65_HS1-834228961_62-HQ-83894_Section_9
Agency: FBI
Page 101
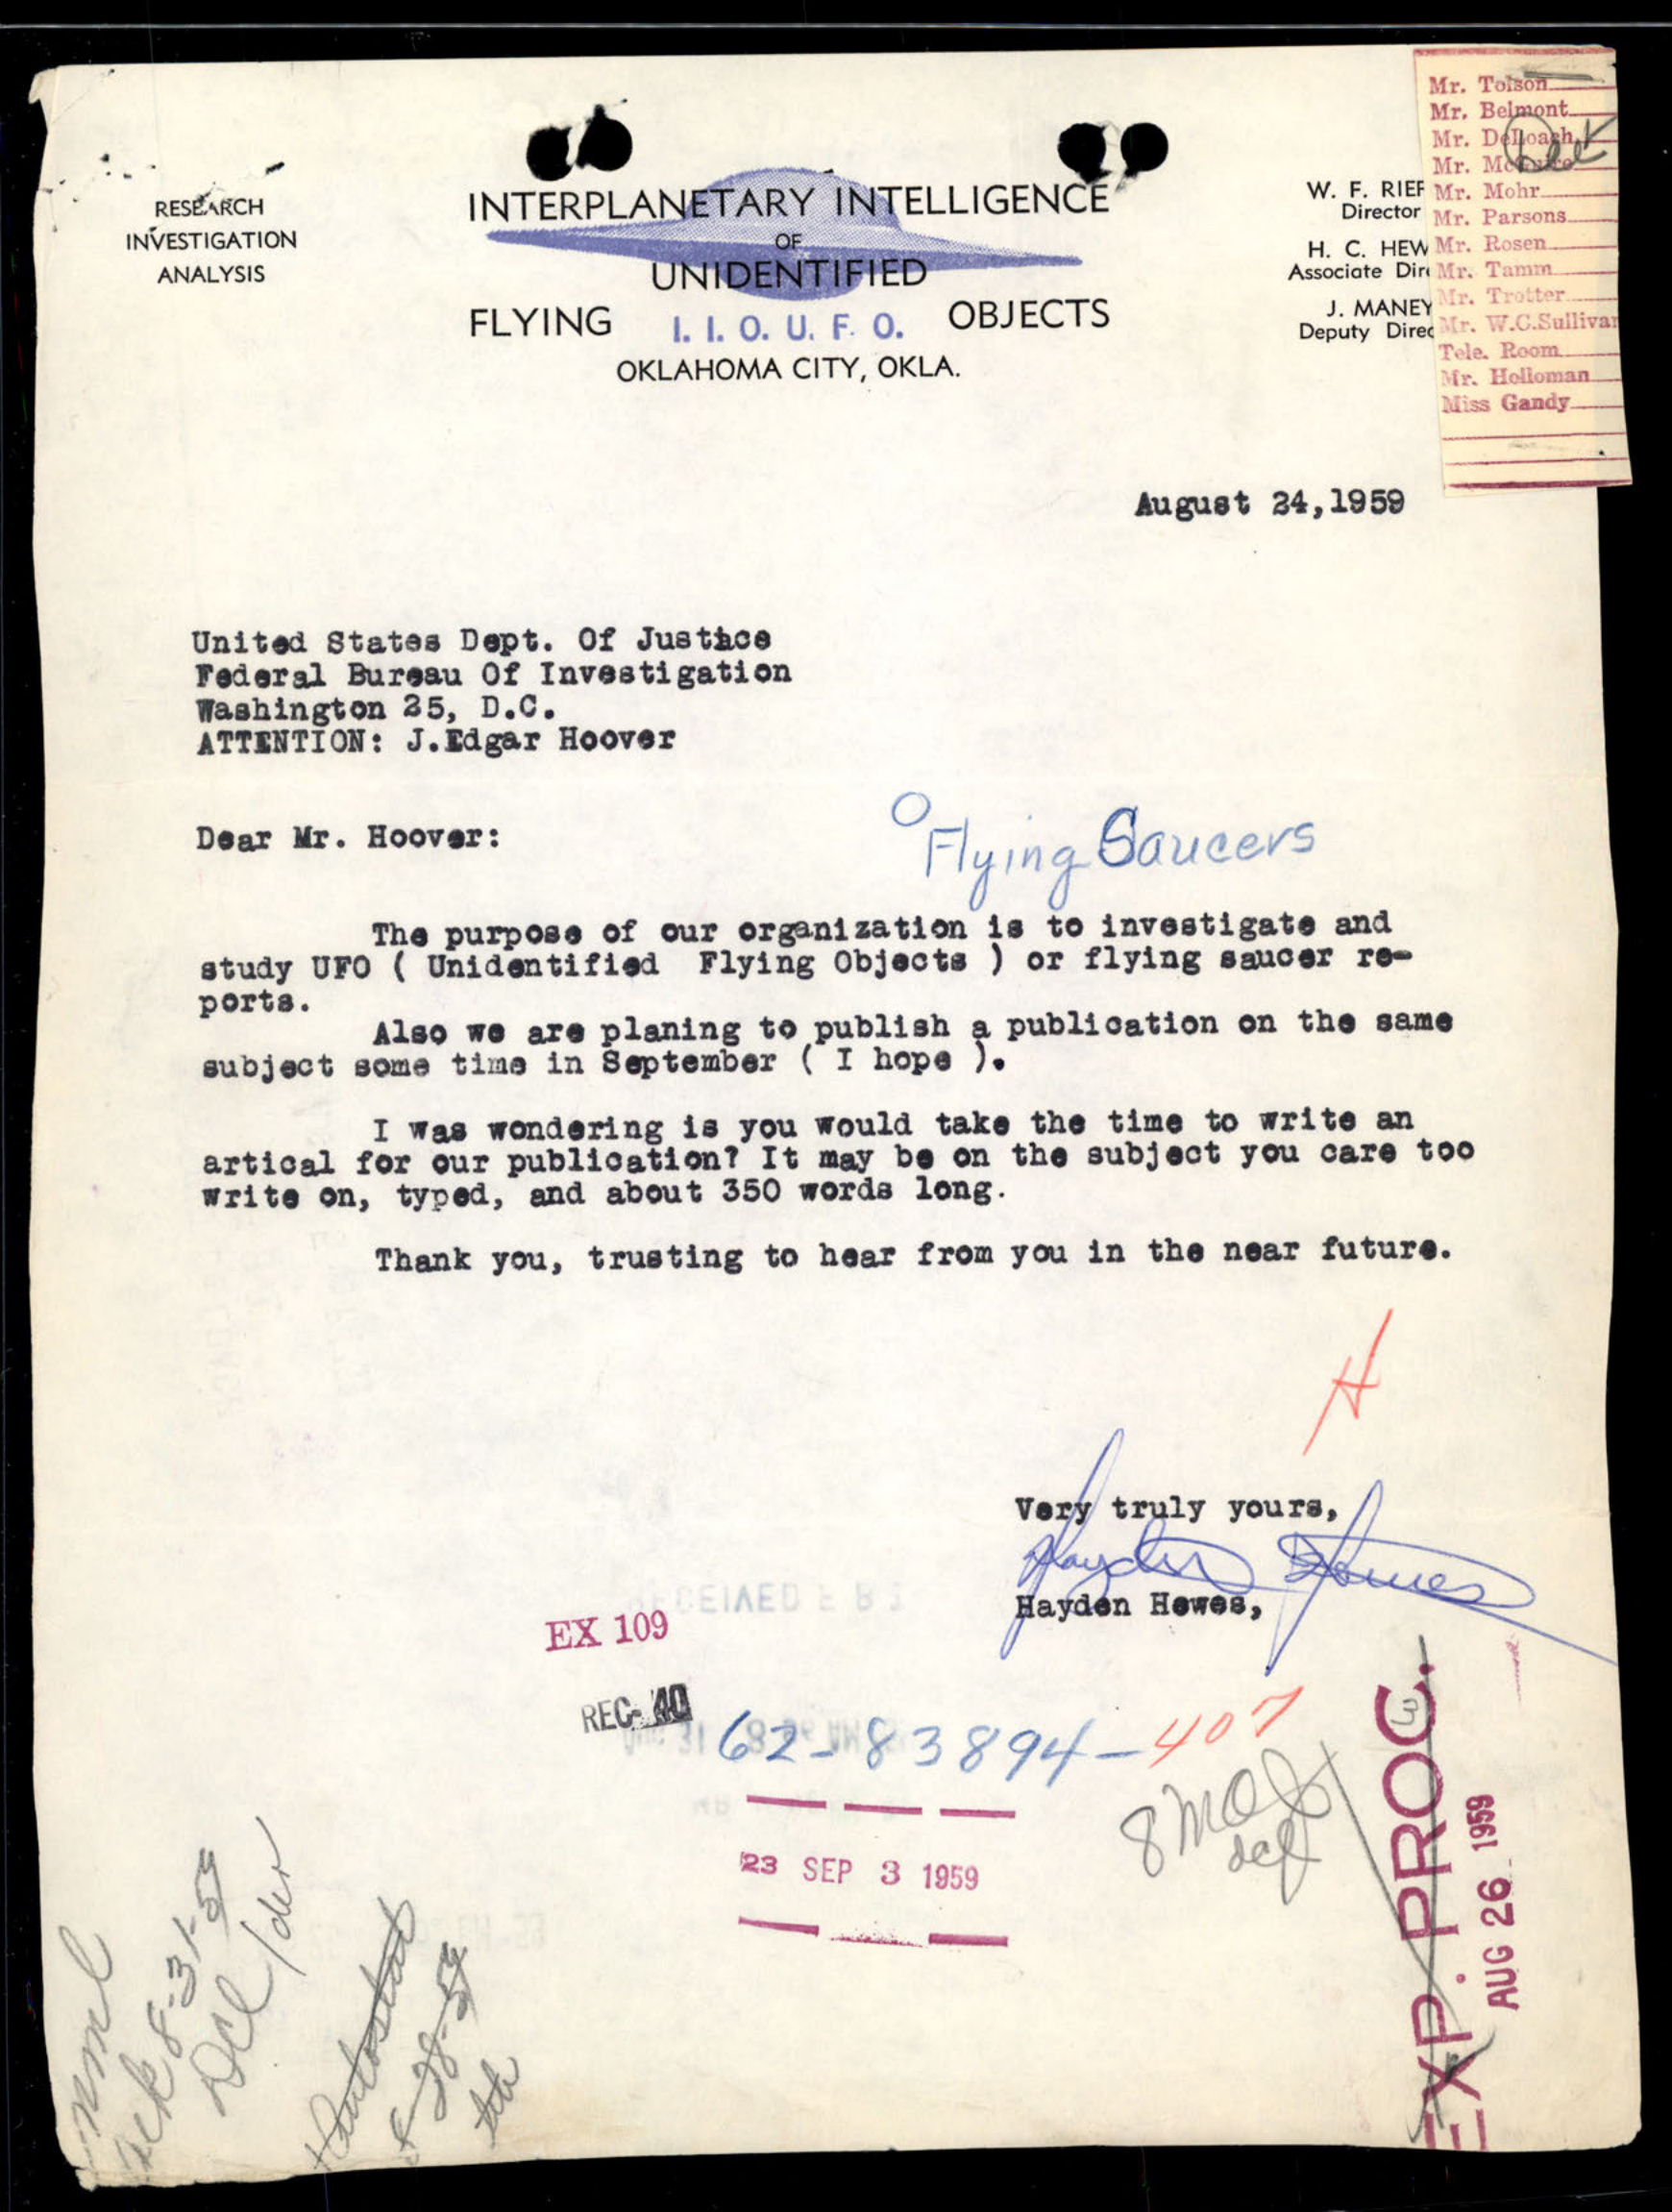